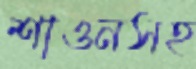
শাওনসহ